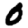
Digit: 0